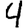
Digit: 4